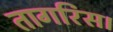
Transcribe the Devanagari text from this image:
तागरिस।